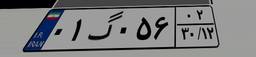
۴۰گ۴۹۵۷۰